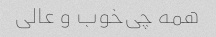
همه چی‌خوب‌ و عالی